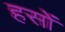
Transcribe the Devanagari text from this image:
हसों